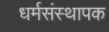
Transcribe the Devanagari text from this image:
धर्मसंस्थापक